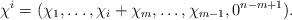
LaTeX: \begin{align*} \chi^i = (\chi_1, \dots, \chi_i + \chi_m, \dots, \chi_{m-1}, 0^{n-m+1}).\end{align*}